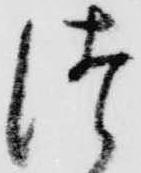
つ